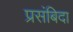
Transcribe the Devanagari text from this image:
प्रसंबिदा